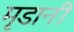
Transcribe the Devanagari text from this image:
मृडानी